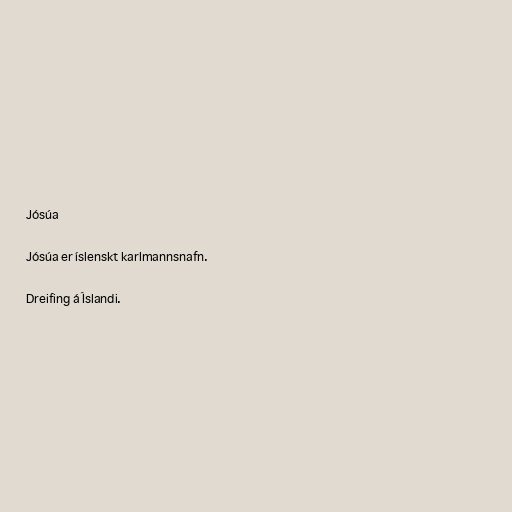
Jósúa

Jósúa er íslenskt karlmannsnafn.

Dreifing á Íslandi.